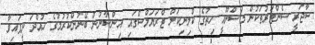
ސާޖަރީ ސެންޓަރުތަކުން މަސްނޫއީ ހިތުގެ ކްލިނިކަލް ޓްރަޔަލްސްގައި އިންސާނުން ބޭނުންކުރުމުގެ ހުއްދަ ދީފައިވާ